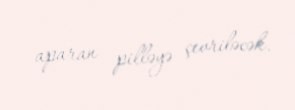
aparan pilləyə çevriləcək.